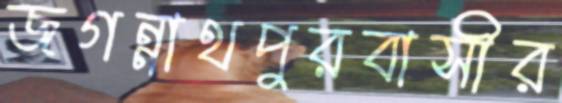
জগন্নাথপুরবাসীর